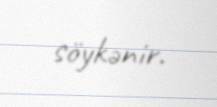
söykənir.